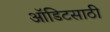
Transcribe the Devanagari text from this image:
ऑडिटसाठी